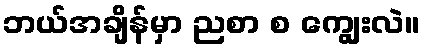
ဘယ်အချိန်မှာ ညစာ စ ကျွေးလဲ။